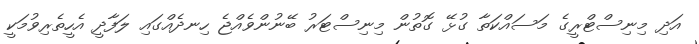
އަދި މިނިސްޓްރީގެ މަސައްކަތާ ގުޅޭ ގޮތުން މިނިސްޓަރު ބޭނުންވެއްޖެ ހިނދެއްގައި ލަފާދީ އެހީތެރިވުމަކީ